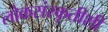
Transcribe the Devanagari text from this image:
लोकसंस्कृतीशी